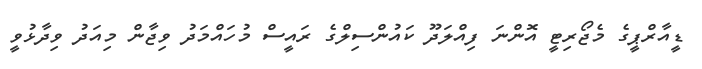
ޑީއާރްޕީގެ މެޖޯރިޓީ އޮންނަ ފިއްލަދޫ ކައުންސިލްގެ ރައީސް މުހައްމަދު ވިޖާން މިއަދު ވިދާޅުވީ